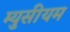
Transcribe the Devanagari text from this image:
म्युसीयम